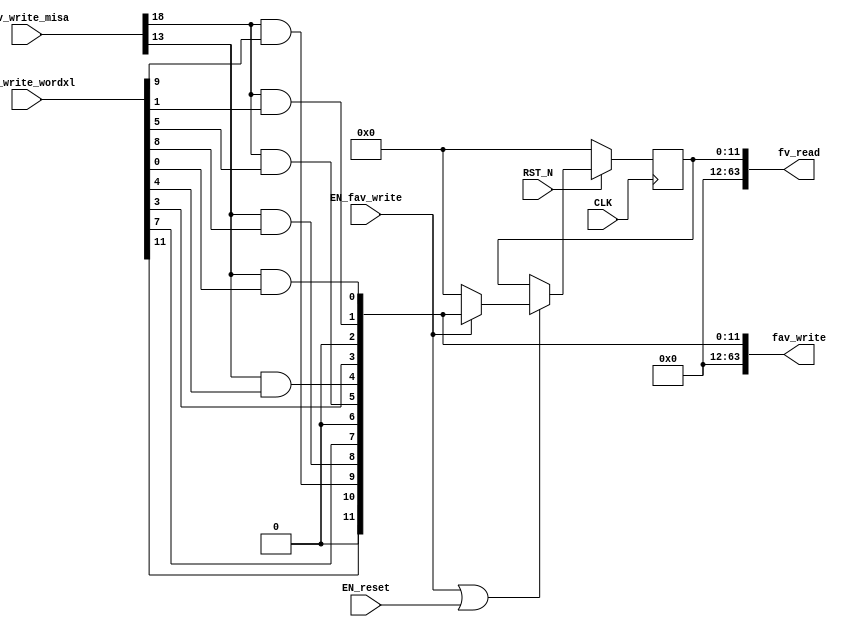
//
// Generated by Bluespec Compiler, version 2018.10.beta1 (build e1df8052c, 2018-10-17)
//
//
//
//
// Ports:
// Name                         I/O  size props
// fv_read                        O    64
// fav_write                      O    64
// CLK                            I     1 clock
// RST_N                          I     1 reset
// fav_write_misa                 I    28
// fav_write_wordxl               I    64
// EN_reset                       I     1
// EN_fav_write                   I     1
//
// Combinational paths from inputs to outputs:
//   (fav_write_misa, fav_write_wordxl) -> fav_write
//
//

`ifdef BSV_ASSIGNMENT_DELAY
`else
  `define BSV_ASSIGNMENT_DELAY
`endif

`ifdef BSV_POSITIVE_RESET
  `define BSV_RESET_VALUE 1'b1
  `define BSV_RESET_EDGE posedge
`else
  `define BSV_RESET_VALUE 1'b0
  `define BSV_RESET_EDGE negedge
`endif

module mkCSR_MIE(CLK,
		 RST_N,

		 EN_reset,

		 fv_read,

		 fav_write_misa,
		 fav_write_wordxl,
		 EN_fav_write,
		 fav_write);
  input  CLK;
  input  RST_N;

  // action method reset
  input  EN_reset;

  // value method fv_read
  output [63 : 0] fv_read;

  // actionvalue method fav_write
  input  [27 : 0] fav_write_misa;
  input  [63 : 0] fav_write_wordxl;
  input  EN_fav_write;
  output [63 : 0] fav_write;

  // signals for module outputs
  wire [63 : 0] fav_write, fv_read;

  // register rg_mie
  reg [11 : 0] rg_mie;
  wire [11 : 0] rg_mie$D_IN;
  wire rg_mie$EN;

  // rule scheduling signals
  wire CAN_FIRE_fav_write,
       CAN_FIRE_reset,
       WILL_FIRE_fav_write,
       WILL_FIRE_reset;

  // remaining internal signals
  wire [11 : 0] mie__h88;
  wire seie__h119, ssie__h113, stie__h116, ueie__h118, usie__h112, utie__h115;

  // action method reset
  assign CAN_FIRE_reset = 1'd1 ;
  assign WILL_FIRE_reset = EN_reset ;

  // value method fv_read
  assign fv_read = { 52'd0, rg_mie } ;

  // actionvalue method fav_write
  assign fav_write = { 52'd0, mie__h88 } ;
  assign CAN_FIRE_fav_write = 1'd1 ;
  assign WILL_FIRE_fav_write = EN_fav_write ;

  // register rg_mie
  assign rg_mie$D_IN = EN_fav_write ? mie__h88 : 12'd0 ;
  assign rg_mie$EN = EN_fav_write || EN_reset ;

  // remaining internal signals
  assign mie__h88 =
	     { fav_write_wordxl[11],
	       1'b0,
	       seie__h119,
	       ueie__h118,
	       fav_write_wordxl[7],
	       1'b0,
	       stie__h116,
	       utie__h115,
	       fav_write_wordxl[3],
	       1'b0,
	       ssie__h113,
	       usie__h112 } ;
  assign seie__h119 = fav_write_misa[18] && fav_write_wordxl[9] ;
  assign ssie__h113 = fav_write_misa[18] && fav_write_wordxl[1] ;
  assign stie__h116 = fav_write_misa[18] && fav_write_wordxl[5] ;
  assign ueie__h118 = fav_write_misa[13] && fav_write_wordxl[8] ;
  assign usie__h112 = fav_write_misa[13] && fav_write_wordxl[0] ;
  assign utie__h115 = fav_write_misa[13] && fav_write_wordxl[4] ;

  // handling of inlined registers

  always@(posedge CLK)
  begin
    if (RST_N == `BSV_RESET_VALUE)
      begin
        rg_mie <= `BSV_ASSIGNMENT_DELAY 12'd0;
      end
    else
      begin
        if (rg_mie$EN) rg_mie <= `BSV_ASSIGNMENT_DELAY rg_mie$D_IN;
      end
  end

  // synopsys translate_off
  `ifdef BSV_NO_INITIAL_BLOCKS
  `else // not BSV_NO_INITIAL_BLOCKS
  initial
  begin
    rg_mie = 12'hAAA;
  end
  `endif // BSV_NO_INITIAL_BLOCKS
  // synopsys translate_on
endmodule  // mkCSR_MIE